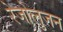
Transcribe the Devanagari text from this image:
रेजोलुजन